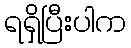
ရရှိပြီးပါက